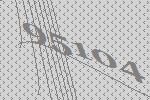
95104